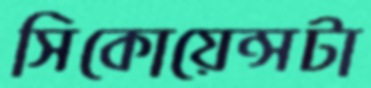
সিকোয়েন্সটা